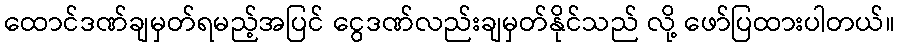
ထောင်ဒဏ်ချမှတ်ရမည့်အပြင် ငွေဒဏ်လည်းချမှတ်နိုင်သည် လို့ ဖော်ပြထားပါတယ်။